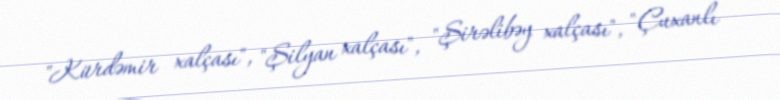
"Kürdəmir xalçası", "Şilyan xalçası", "Şirəlibəy xalçası", "Çuxanlı